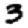
Digit: 3